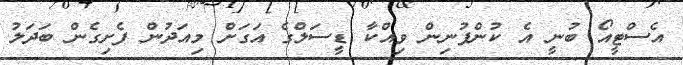
އެސްޓީއޯ ބުނީ އެ ކުންފުނިން ވިއްކާ ޑީސަލްގެ އަގަށް މިއަދުން ފެށިގެން ބަދަލު